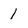
Character: 1